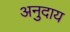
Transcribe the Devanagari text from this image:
अनुदाय